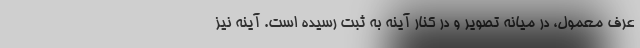
عرف معمول، در میانه تصویر و در کنار آینه به ثبت رسیده است. آینه نیز